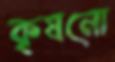
কৃষনো